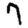
Digit: 7